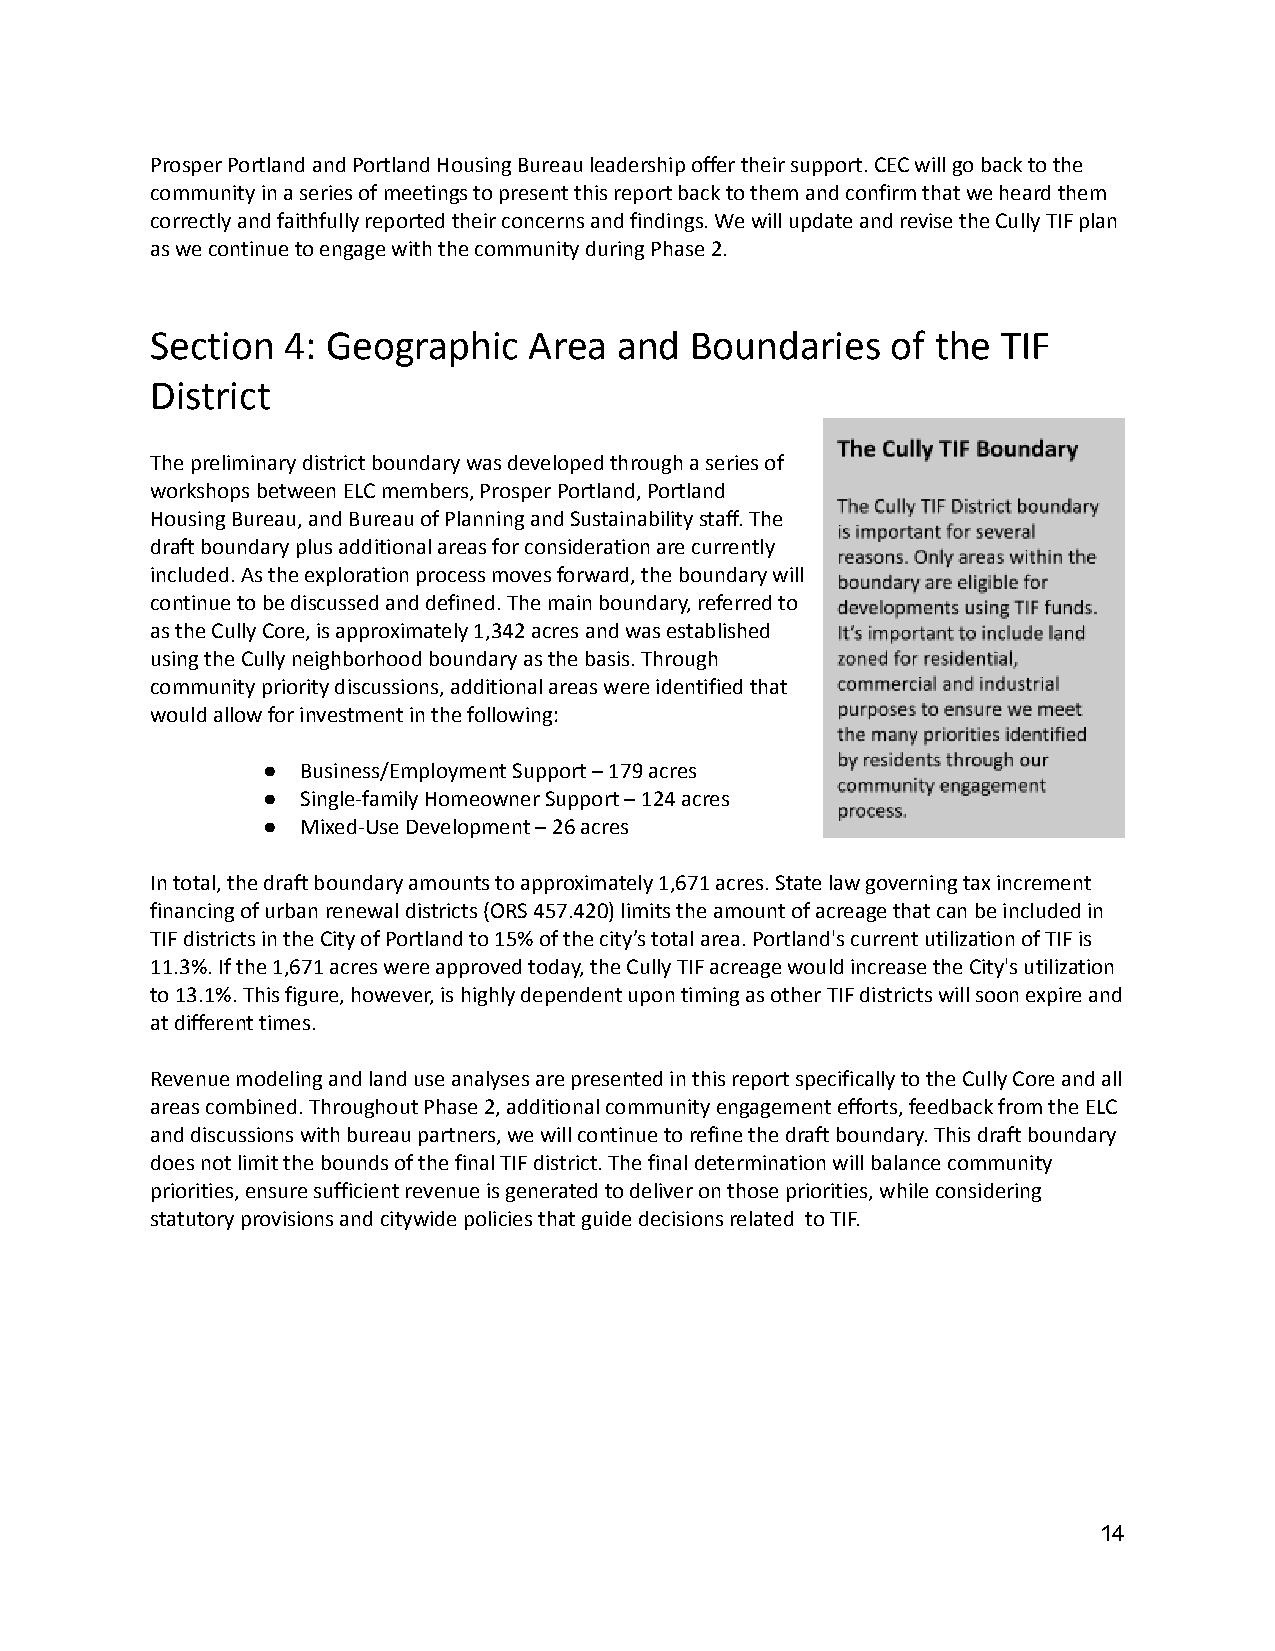
Prosper Portland and Portland Housing Bureau leadership offer their support. CEC will go back to the
 community in a series of meetings to present thisreport back to them and confirm that we heard them
 correctly and faithfully reported their concerns andfindings. We will update and revise the Cully TIFplan
 as we continue to engage with the community duringPhase 2.
 Section  4: Geographic   Area  and  Boundaries   of the TIF
 District
 The preliminary district boundary was developed througha series of
 workshops between ELC members, Prosper Portland, Portland
 Housing Bureau, and Bureau of Planning and Sustainabilitystaff. The
 draft boundary plus additional areas for considerationare currently
 included. As the exploration process moves forward,the boundary will
 continue to be discussed and defined. The main boundary,referred to
 as the Cully Core, is approximately 1,342 acres andwas established
 using the Cully neighborhood boundary as the basis.Through
 community priority discussions, additional areas wereidentified that
 would allow for investment in the following:
 ●  Business/Employment Support – 179 acres
 ●  Single-family Homeowner Support – 124 acres
 ●  Mixed-Use Development – 26 acres
 In total, the draft boundary amounts to approximately1,671 acres. State law governing tax increment
 financing of urban renewal districts (ORS 457.420)limits the amount of acreage that can be includedin
 TIF districts in the City of Portland to 15% of thecity’s total area. Portland's current utilizationof TIF is
 11.3%. If the 1,671 acres were approved today, theCully TIF acreage would increase the City's utilization
 to 13.1%. This figure, however, is highly dependentupon timing as other TIF districts will soon expireand
 at different times.
 Revenue modeling and land use analyses are presentedin this report specifically to the Cully Core andall
 areas combined. Throughout Phase 2, additional communityengagement efforts, feedback from the ELC
 and discussions with bureau partners, we will continueto refine the draft boundary. This draft boundary
 does not limit the bounds of the final TIF district.The final determination will balance community
 priorities, ensure sufficient revenue is generatedto deliver on those priorities, while considering
 statutory provisions and citywide policies that guidedecisions related to TIF.
 14